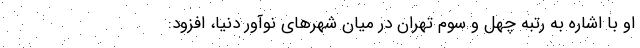
او با اشاره به رتبه چهل و سوم تهران در میان شهرهای نوآور دنیا، افزود: